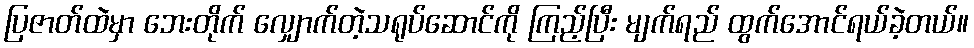
ပြဇာတ်ထဲမှာ ဘေးတိုက် လျှောက်တဲ့သရုပ်ဆောင်ကို ကြည့်ပြီး မျက်ရည် ထွက်အောင်ရယ်ခဲ့တယ်။